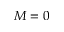
M = 0